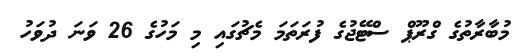
މުބާރާތުގެ ގްރޫޕް ސްޓޭޖުގެ ފުރަތަމަ މެޗުގައި މި މަހުގެ 26 ވަނަ ދުވަހު